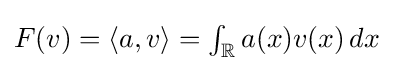
\textstyle F(v)=\langle a,v\rangle =\int _{\mathbb {R} }a(x)v(x)\,dx